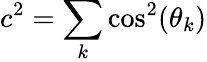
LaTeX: c^{2}=\sum_{k}\cos^{2}(\theta_{k})